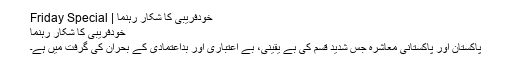
خودفریبی کا شکار رہنما | Friday Special
خودفریبی کا شکار رہنما
پاکستان اور پاکستانی معاشرہ جس شدید قسم کی بے یقینی، بے اعتباری اور بداعتمادی کے بحران کی گرفت میں ہے۔